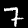
Label: 7